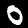
Label: 0